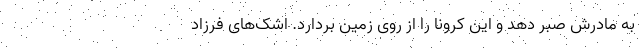
به مادرش صبر دهد و این کرونا را از روی زمین بردارد. اشک‌های فرزاد